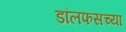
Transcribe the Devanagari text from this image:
डॉलफसच्या